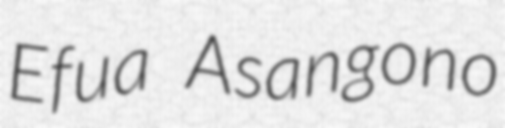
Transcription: Efua Asangono